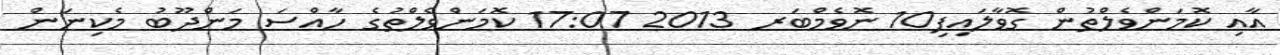
އާއި ކޮމަންވެލްތުން ގޮވާލައިފި10 ނޮވެމްބަރ 2013 17:07 ކޮމަންވެލްތުގެ ހާއްސަ މަންދޫބު މެކިނަން